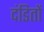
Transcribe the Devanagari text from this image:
दंडितों